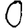
Digit: 0